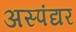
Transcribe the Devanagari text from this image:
अस्पंद्यर